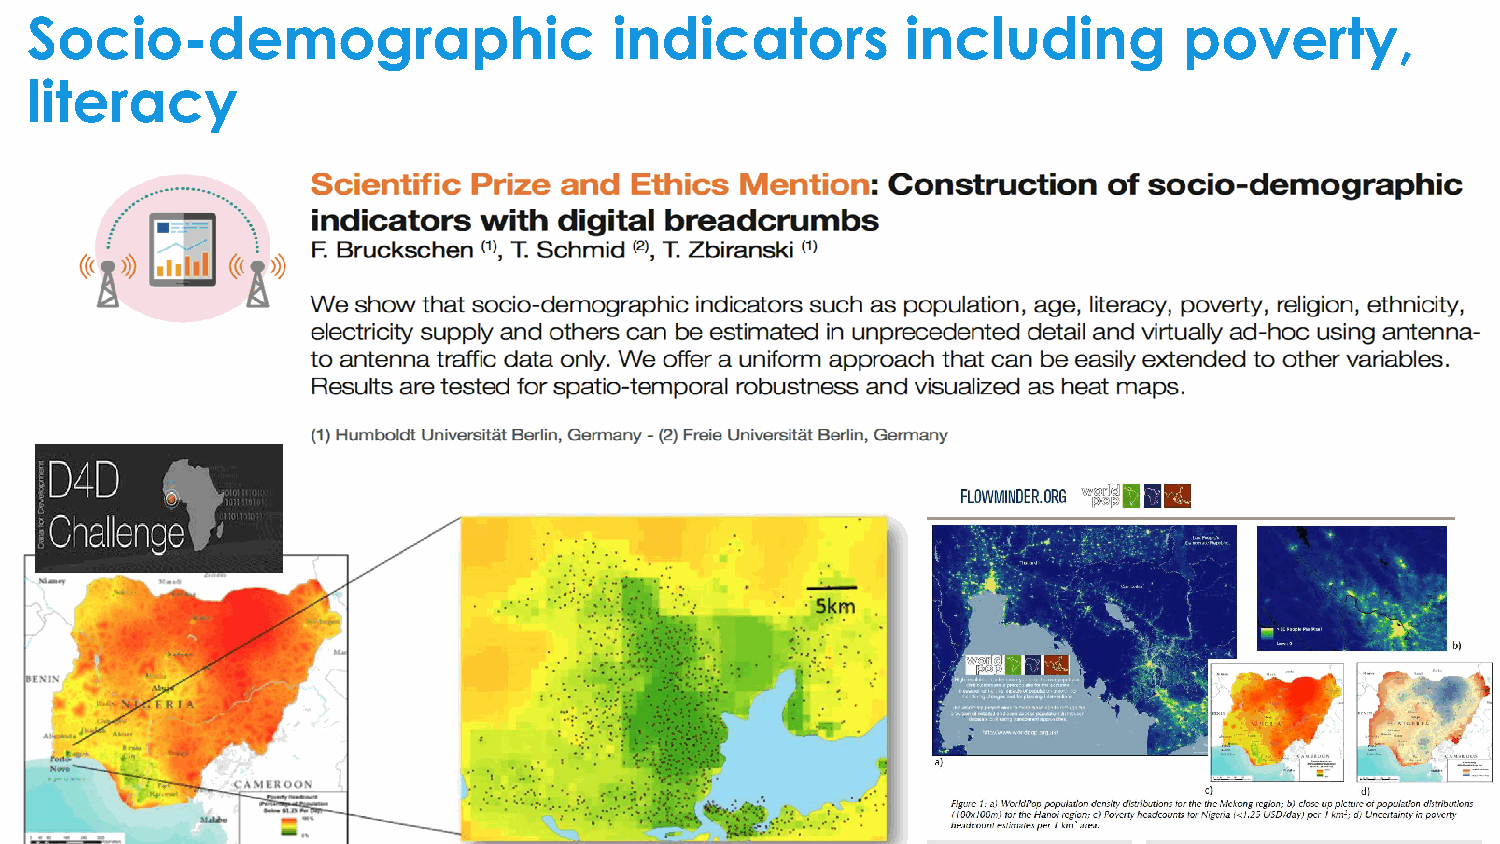
Socio-demographic                      indicators         including         poverty,
 literacy